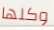
وكلها